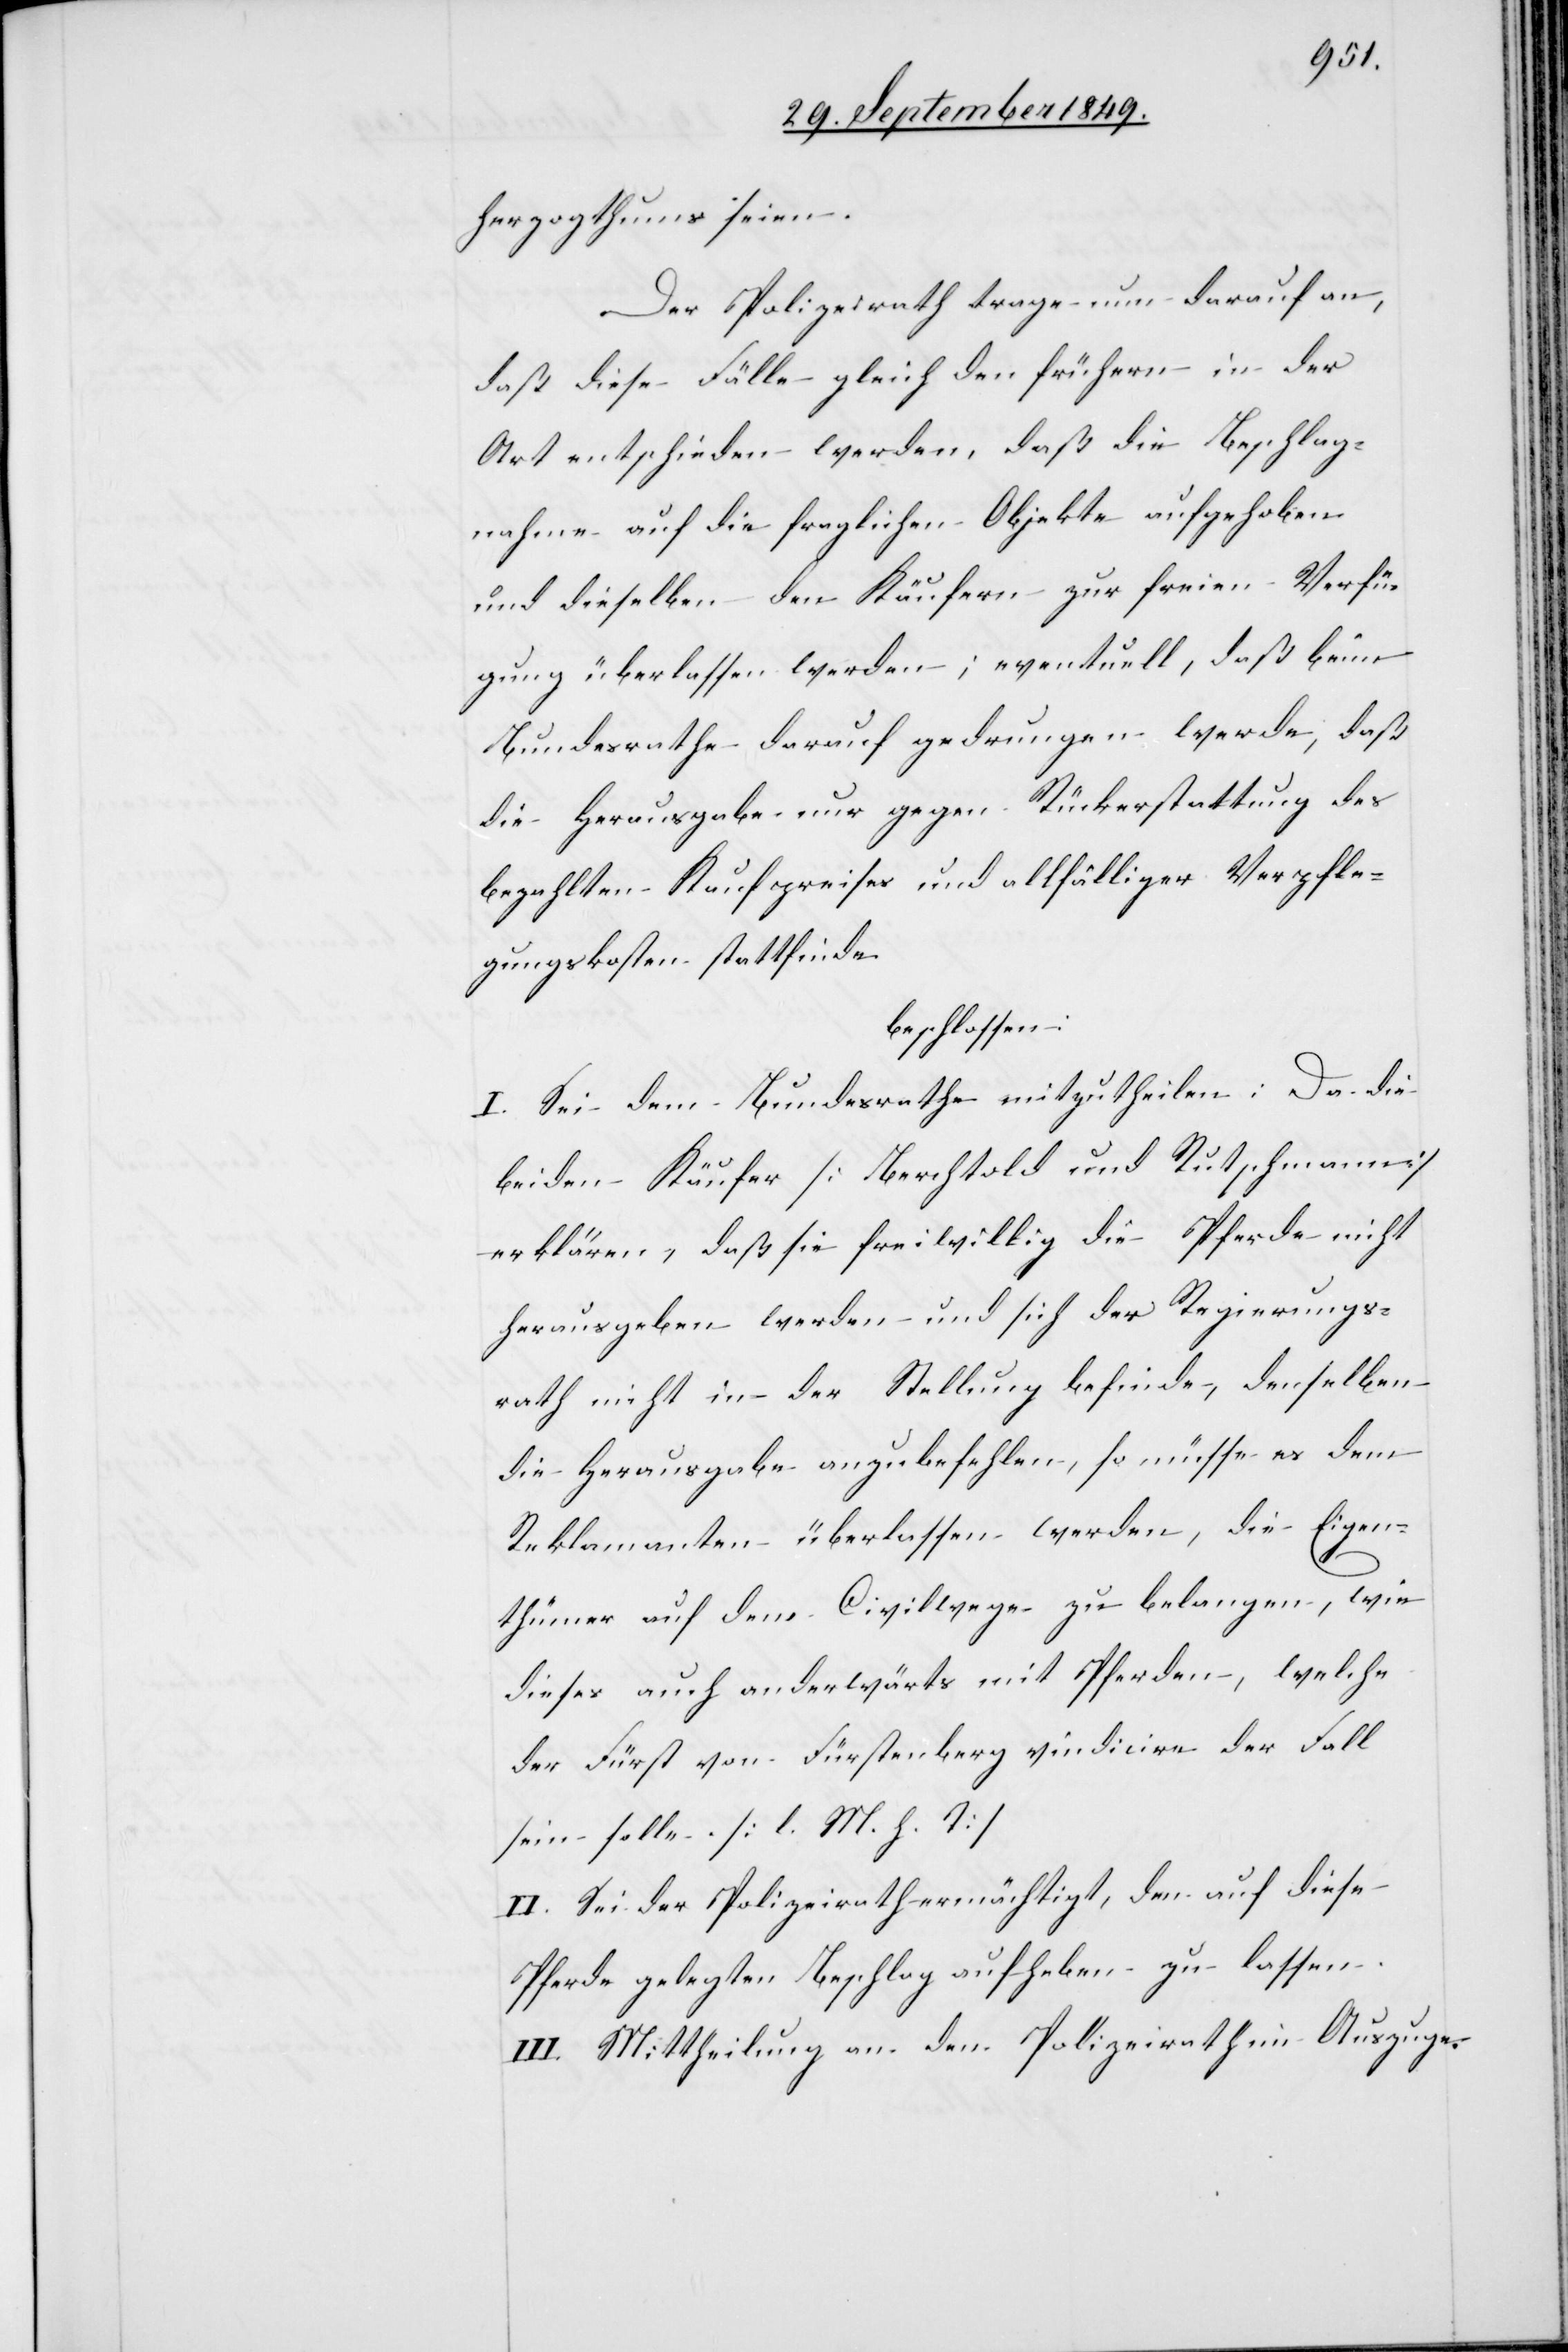
herzogthums seien.
Der Polizeirath trage nun darauf an,
daß diese Fälle gleich den frühern in der
Art entschieden werden, daß die Beschlag¬
nahme auf die fraglichen Objekte aufgehoben
und dieselben den Käufern zur freien Verfü¬
gung überlassen werden; eventuell, daß beim
Bundesrathe darauf gedrungen werde, daß
die Herausgabe nur gegen Rückerstattung des
bezahlten Kaufpreises und allfälliger Verpfle¬
gungskosten stattfinde.
beschlossen:
I. Sei dem Bundesrathe mithzutheilen: Da die
beiden Käufer [Berchthold und Rutschmann]
erklären, daß sie freiwillig die Pferde nicht
herausgeben werden und sich der Regierungs¬
rath nicht in der Stellung befinde, denselben
die Herausgabe anzubefehlen, so müsse es dem
Reklamanten überlassen werden, die Eigen¬
thümer auf dem Civilwege zu belangen, wie
dieses auch anderwärts mit Pferden, welche
der Fürst von Fürstenberg vindicire der Fall
sein solle. [l. M. h. T]
II. Sei der Polizeirath ermächtigt, den auf diese
Pferde gelegten Beschlag aufheben zu lassen.
III. Mittheilung an den Polizeirath im Auszuge.